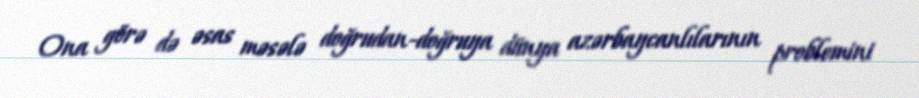
Ona görə də əsas məsələ doğrudan-doğruya dünya azərbaycanlılarının problemini